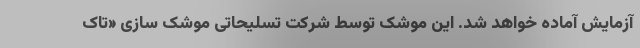
آزمایش آماده خواهد شد. این موشک توسط شرکت تسلیحاتی موشک سازی «تاک